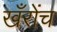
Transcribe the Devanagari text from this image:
खँरोंच